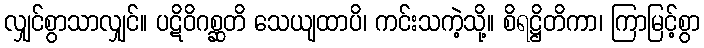
လျှင်စွာသာလျှင်။ ပဋိဝိဂစ္ဆတိ သေယျထာပိ၊ ကင်းသကဲ့သို့။ စိရဋ္ဌိတိကာ၊ ကြာမြင့်စွာ